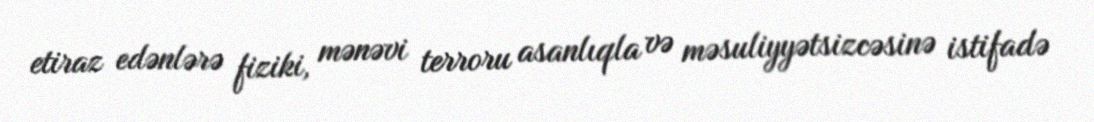
etiraz edənlərə fiziki, mənəvi terroru asanlıqla və məsuliyyətsizcəsinə istifadə